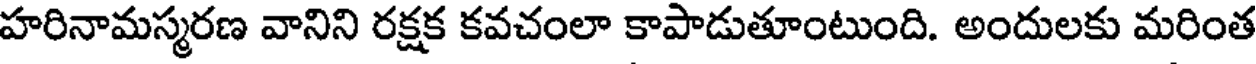
హరినామస్మరణ వానిని రక్షక కవచంలా కాపాడుతూంటుంది. అందులకు మరింత